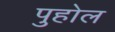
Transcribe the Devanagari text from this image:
पुहोल